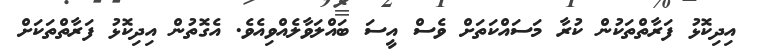
އިދިކޮޅު ފަރާތްތަކުން ކުރާ މަސައްކަތަށް ވެސް އީސަ ބައްލަވާލެއްވިއެވެ. އެގޮތުން އިދިކޮޅު ފަރާތްތަކަށް